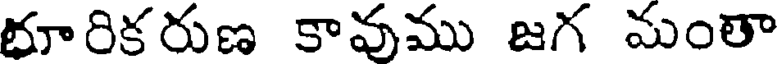
భూరికరుణ కావుము జగ మంతా